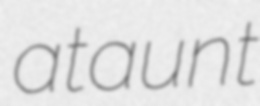
ataunt